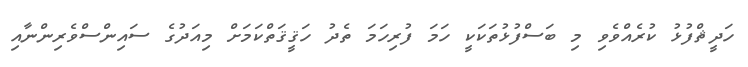
ހަދީޘްފުޅު ކުރެއްވެވި މި ބަސްފުޅުތަކަކީ ހަމަ ފުރިހަމަ ތެދު ހަޤީޤަތްކަމަށް މިއަދުގެ ސައިންސްވެރިންނާއި